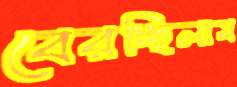
বেরচ্ছিলাম